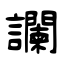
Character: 讕